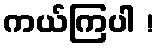
ကယ်ကြပါ !